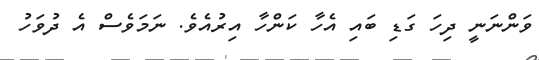
ވަންނަނީ ދިހަ ގަޑި ބައި އެހާ ކަންހާ އިރުއެވެ. ނަމަވެސް އެ ދުވަހު